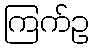
ကြက်ဥ